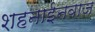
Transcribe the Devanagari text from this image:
शहनाईनवाज